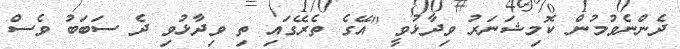
ދެންނެވުމުން ކޮމިޝަނަރު ވިދާޅުވީ "އޭގެ ތެރޭގައި ތި ވިދާޅުވި ދެ ސަބަބު ވެސް